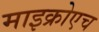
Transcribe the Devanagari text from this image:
माइक्रोएच